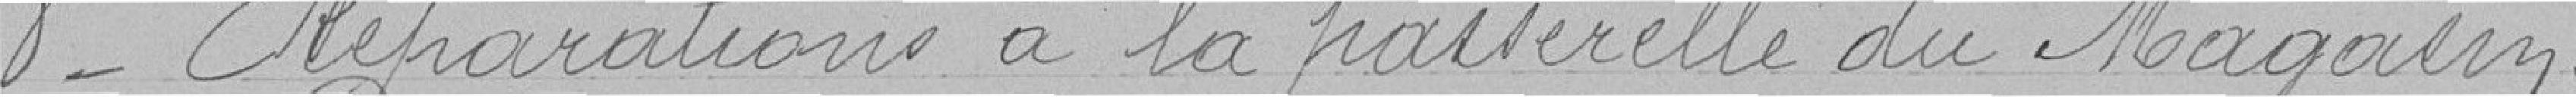
8°-Réparations à la passerelle du magasin.